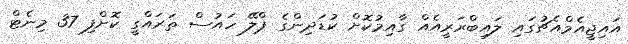
އައިޖީއެމްއެޗުގައި ލައިބްރަރީއެއް ގާއިމުކޮށް ކުޑަދިންގެ ޕްލޭ ހައުސް ތަރައްގީ ކޮށްފި 37 މިނެޓް